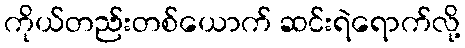
ကိုယ်တည်းတစ်ယောက် ဆင်းရဲရောက်လို့